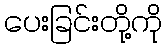
ပေးခြင်းတို့ကို